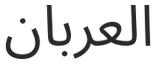
العربان